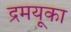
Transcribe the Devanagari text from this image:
द्रमयूका